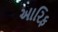
આરિફ